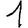
Digit: 1